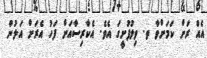
އެއް ރަށް ކަމަށްވާ ތ. ވިލުފުށީގަ އެވެ. އެކާރިސާއަށް ފަހު އެރަށް އަލުން